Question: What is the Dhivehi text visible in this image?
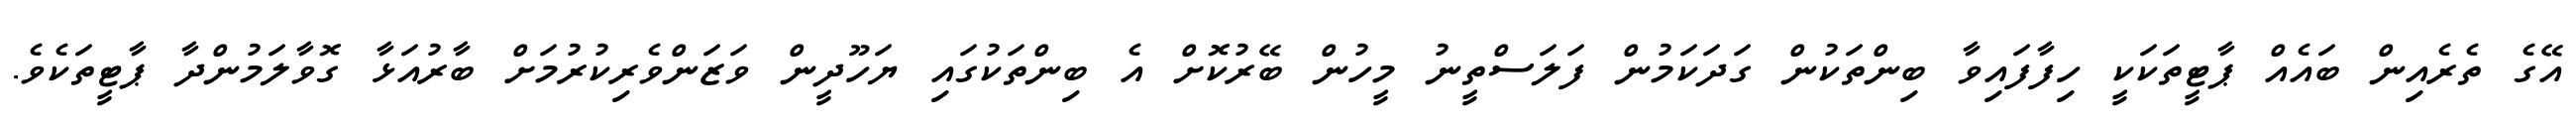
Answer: އޭގެ ތެރެއިން ބައެއް ޕާޓީތަކަކީ ހިފާފައިވާ ބިންތަކުން ގަދަކަމުން ފަލަސްތީނު މީހުން ބޭރުކޮށް އެ ބިންތަކުގައި ޔަހޫދީން ވަޒަންވެރިކުރުމަށް ބާރުއަޅާ ގޮވާލަމުންދާ ޕާޓީތަކެވެ.